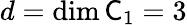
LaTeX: d=\dim\mathsf C_{1}=3